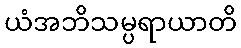
ယံအဘိသမ္ပရာယာတိ